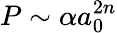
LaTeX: P\sim\alpha a_{0}^{2n}